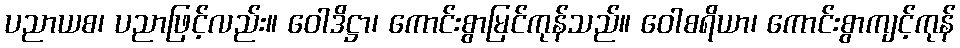
ပညာယစ၊ ပညာဖြင့်လည်း။ ဝေါဒိဋ္ဌာ၊ ကောင်းစွာမြင်ကုန်သည်။ ဝေါစရိယာ၊ ကောင်းစွာကျင့်ကုန်